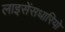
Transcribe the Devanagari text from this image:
लाइसेंसधारियो